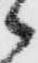
郎